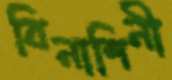
বিনাশিনী